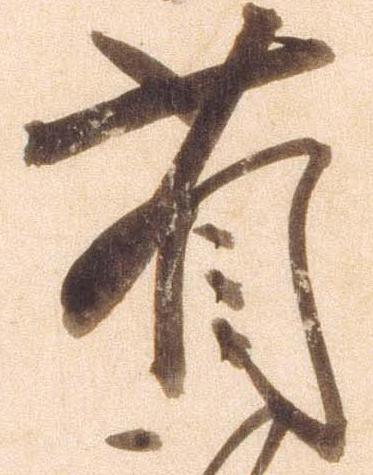
省